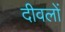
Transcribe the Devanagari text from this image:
दीवलों